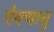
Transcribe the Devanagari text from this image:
ऐक्यानु